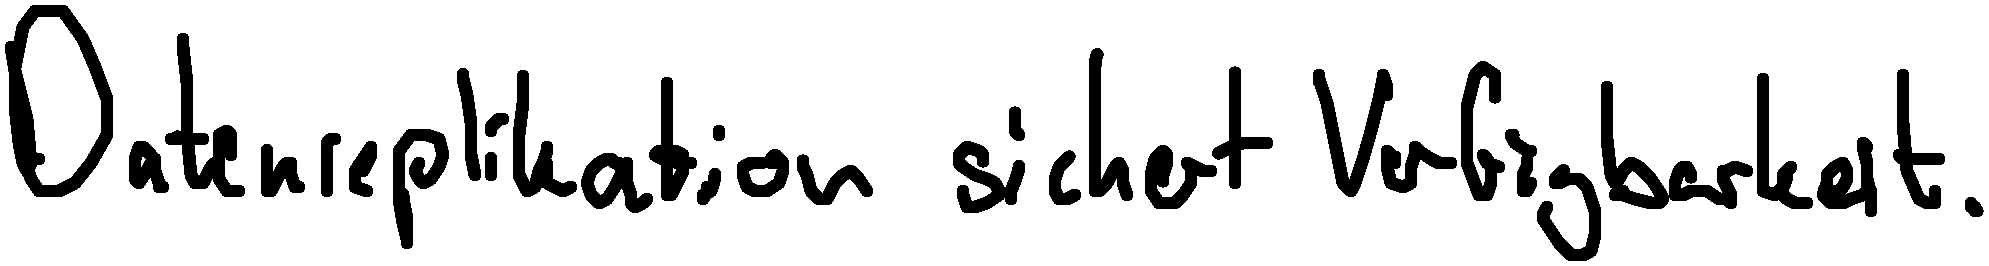
Datenreplikation sichert Verfügbarkeit.